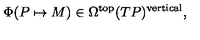
\Phi ( P \mapsto M ) \in \Omega ^ { \mathrm { t o p } } ( T P ) ^ { \mathrm { v e r t i c a l } } ,